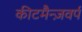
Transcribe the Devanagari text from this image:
कीटमैन्ज़वर्प